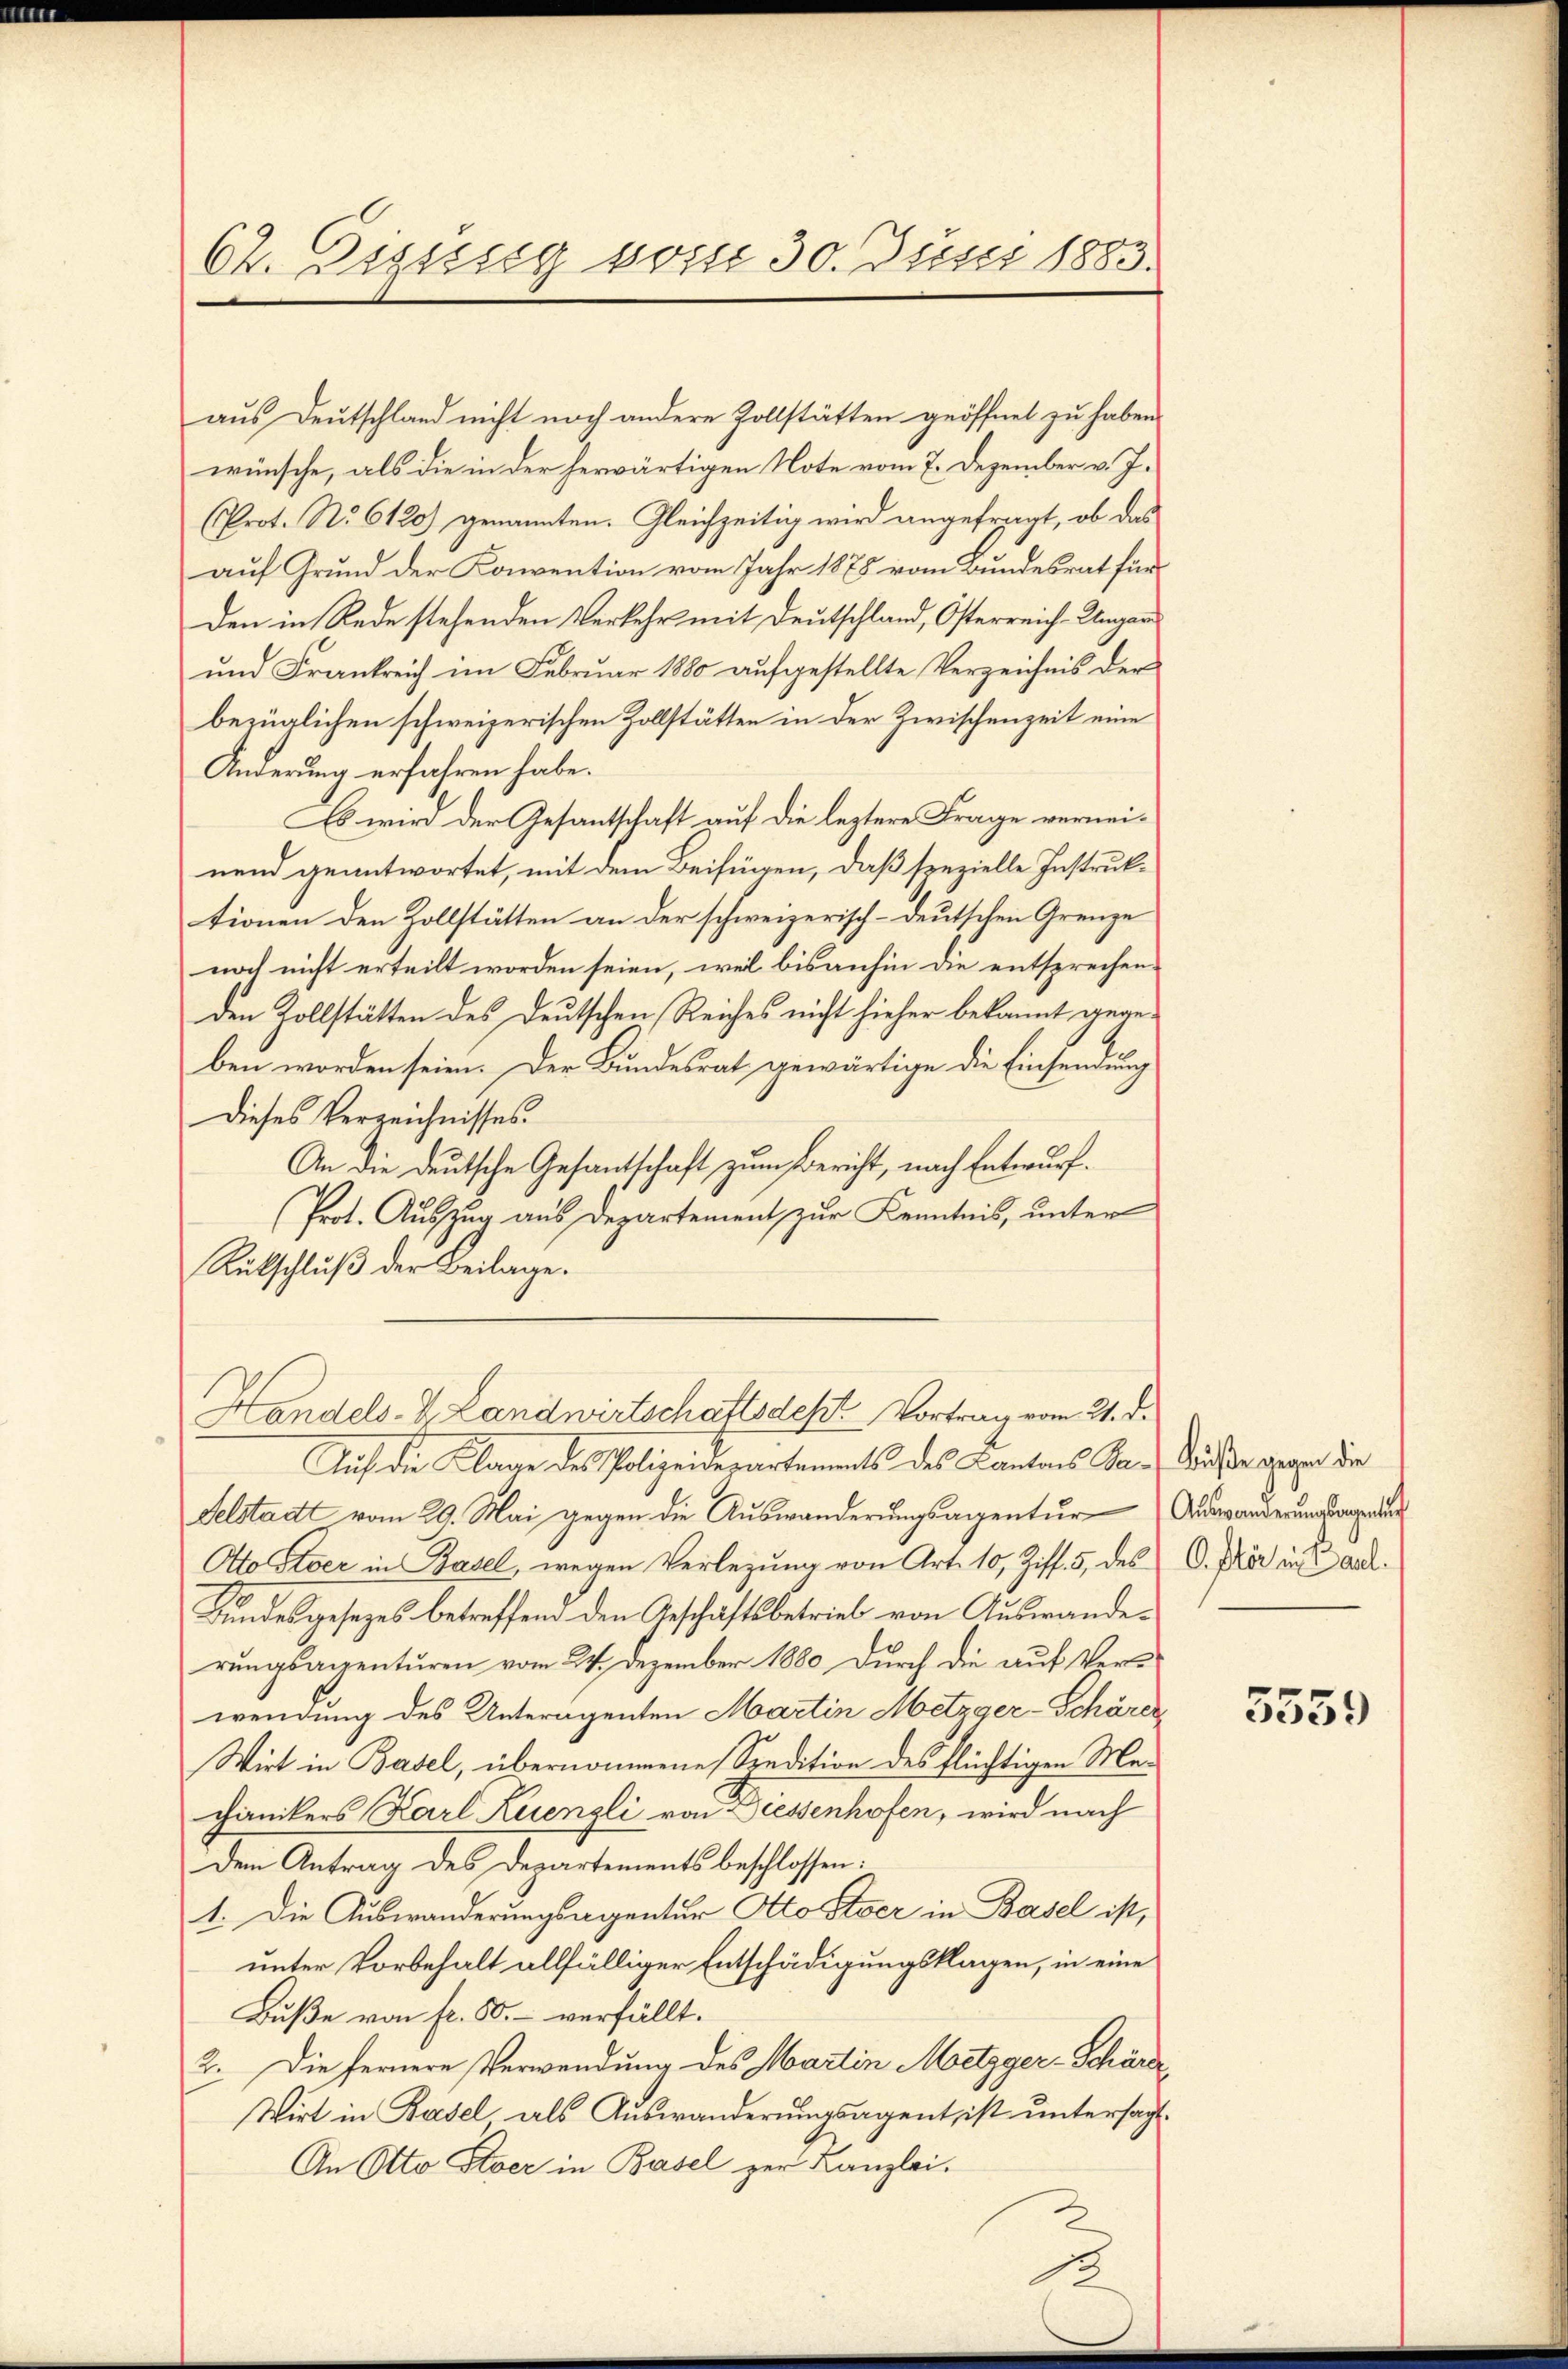
62. Dizung vom 30. Juni 1883.

aus Deutschland nicht noch andere Zollstätten geöffnet zu haben.
wünsche, als die in der herwärtigen Note vom 7. Dezember v. J.
Prot. No. 6120) genannten. Gleichzeitig wird angefragt, ob das
auf Grund der Konvention vom Jahr 1878 vom Bundesrat für
Den in Rede stehenden Verkehr mit Deutschland, Osterreich-Ungar
und Frankreich im Februar 1880 aufgestellte Verzeichnis der
bezüglichen schweizerischen Zollstätten in der Zwischenzeit eine
Änderung erfahren habe.
Es wird der Gesantschaft auf die leztere Frage verneinend geantwortet, mit dem Beifügen, daß spezielle Instruktionen den Zollstätten an der schweizerisch-deutschen Grenze
noch nicht erteilt worden seien, weil bisanhin die entsprechenden Zollstätten des Deutschen Reiches nicht hieher bekannt gegeben worden seien. Der Bundesrat gewärtige die Einsendung
Dieses Verzeichnisses.
An die deutsche Gesantschaft zum Bericht, nach Entwurf
Prot. Auszug aus Departement zur Kenntnis, unter
Rückschluß der Beilage.
Handels- & Landwirtschaftsdest. Vortrag vom 21. d.
Auf die Klage des Polizeidepartements des Cantons Sa-Kuße gegen die
Felstadt vom 29. Mai gegen die Auswanderungsangentur Auswanderungsangenden
Otto Stoer in Basel, wegen Verlegung von Art. 10, Ziff. 5, des C. Plär in Land¬
Bundesgesezes betreffend den Geschäftsbetrieb von Auswanderungsanzenturen vom 24. Dezember 1880 durch die auf Ver-
wendung des Unteragenten Martin Metzger-Schärer
Wirt in Basel, übernommene Spedition des flüchtigen Mechanikers Karl Luengli von Diessenhofen, wird nach
Dem Antrag des Departements beschlossen:
1. Die Auswanderungsagentur Otto stier in Basel ist,
unter Vorbehalt allfälliger Entschädigungsklagen, in eine
Buße von fr. 50.- verfällt.
2. Die fernere Verwendung des Martin Metzger-Schärde
Wirt in Basel als Auswanderungsagent, ist untersagt.
An Otto Stoer in Basel zur Kanzlei.

5559